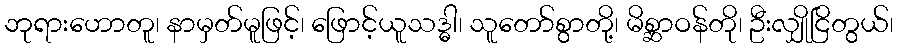
ဘုရားဟောတူ၊ နာမှတ်မူဖြင့်၊ ဖြောင့်ယူသဒ္ဓါ၊ သူတော်စွာတို့၊ မိစ္ဆာဝန်တို၊ ဦးလျှိုငြိတွယ်၊